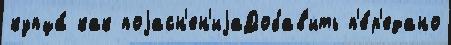
купца́ как поjасн'ен'иjаДобав'ить п'е́р'едано